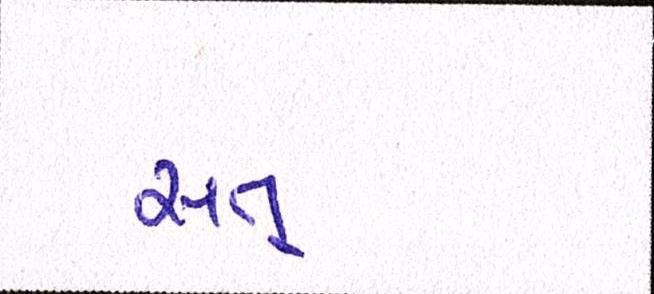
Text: સત્